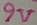
Text: 9V